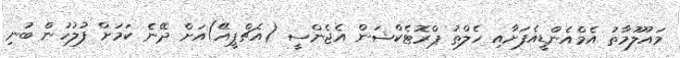
މައުލޫމާތު އެމްއެންޑީއެފަށާއި ހެލްތު ޕްރޮޓެކްޝަން އެޖެންސީ (އެޗްޕީއޭ)އަށް ދޭނެ ކަމަށް ފުލުހުން ބުނި